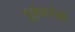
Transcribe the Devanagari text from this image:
भूक्षेत्रापैकी